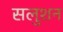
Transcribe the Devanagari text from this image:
सलुशन